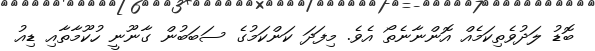
ބޮޑު ލަދުވެތިކަމެއް އޮންނާނެތޯ އެވެ. މިފަދަ ކަންކަމުގެ ސަބަބުން ގާނޫނީ ހުކޫމާތާއި ޑިއު